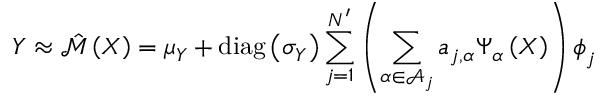
\boldsymbol { Y } \approx \hat { \mathcal { M } } \left( \boldsymbol { X } \right) = \boldsymbol { \mu _ { \boldsymbol { Y } } } + \operatorname { d i a g } \left( \boldsymbol { \sigma _ { \boldsymbol { Y } } } \right) \sum _ { j = 1 } ^ { N ^ { \prime } } \left( \sum _ { \boldsymbol { \alpha } \in \mathcal { A } _ { j } } a _ { j , \boldsymbol { \alpha } } \Psi _ { \boldsymbol { \alpha } } \left( \boldsymbol { X } \right) \right) \boldsymbol { \phi } _ { j }